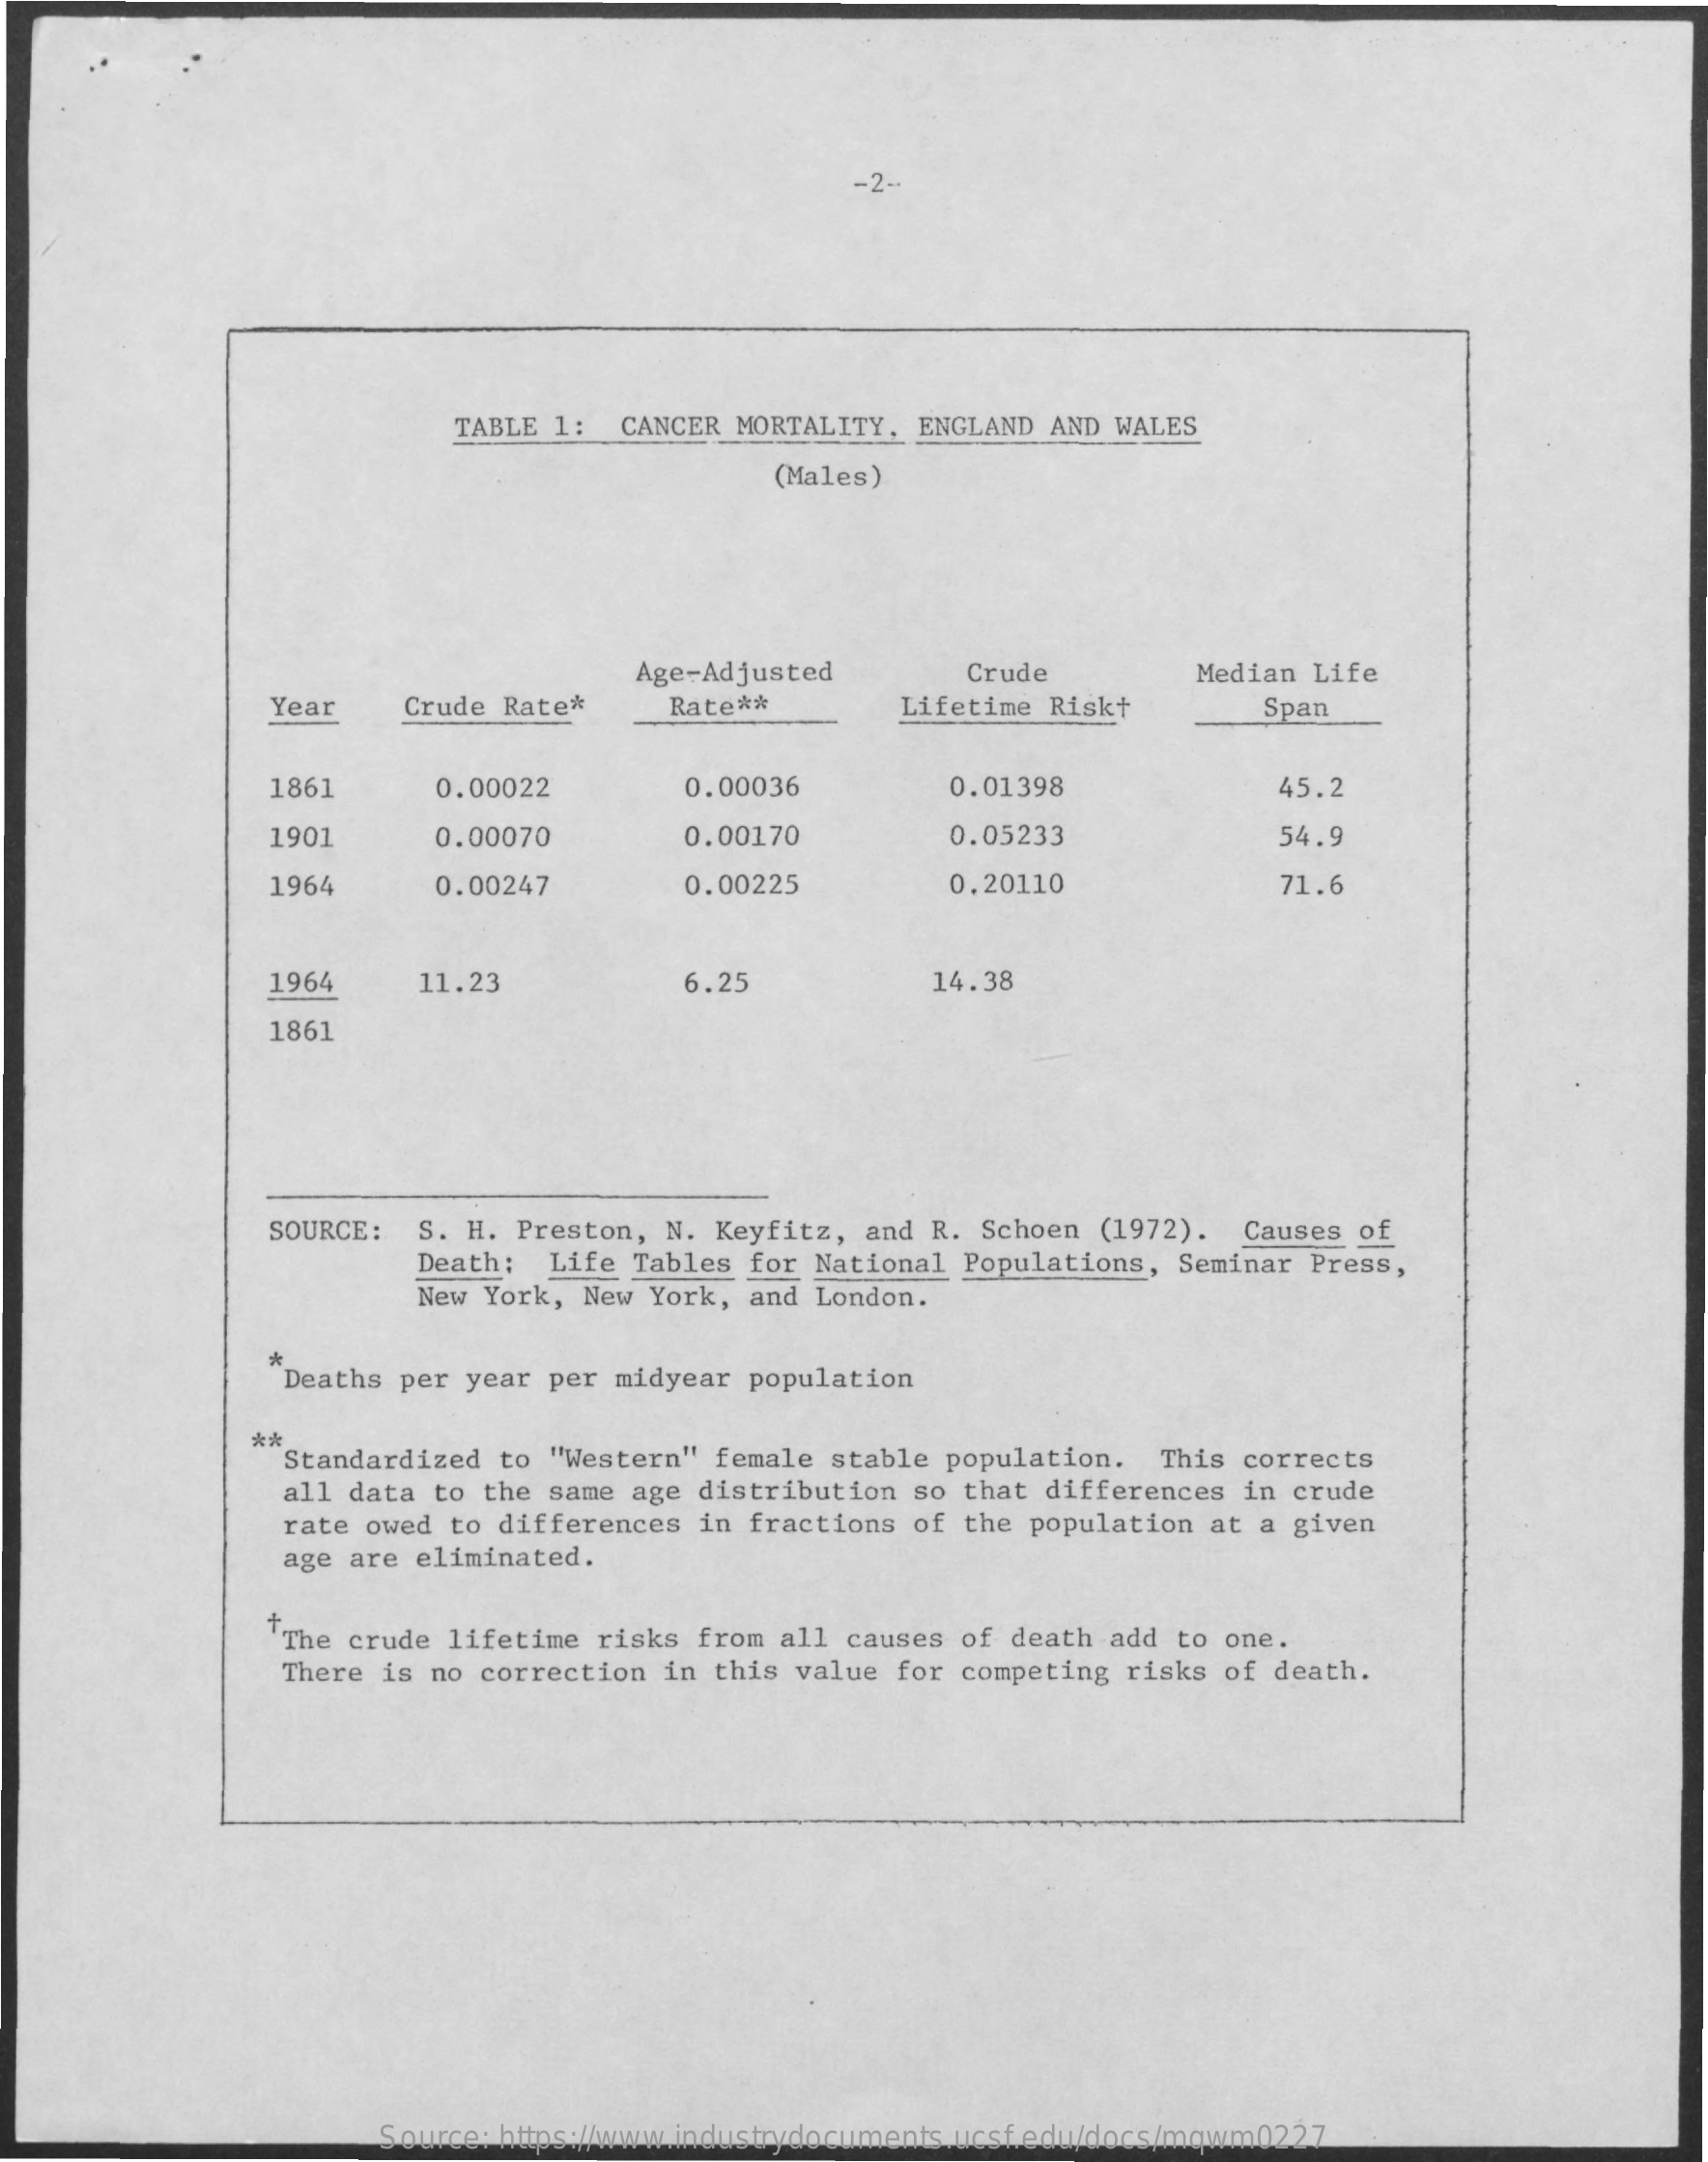
-2-
     TABLE 1:  CANCER MORTALITY. ENGLAND  AND WALES
     (Males)
     Age-Adjusted    Crude    Median Life
     Year    Crude Rate*    Rate **    Lifetime  Riskt    Span
     1861    0.00022    0.00036    0.01398    45.2
     1901    0.00070    0.00170    0.05233    54.9
     1964    0.00247    0.00225    0.20110    71.6
     1964    11.23    6.25    14.38
     1861
     SOURCE:  S. H. Preston,  N. Keyfitz, and R. Schoen  (1972).  Causes of
     Death:  Life  Tables for National Populations,  Seminar Press,
     New York, New  York, and London.
     Deaths per year per midyear  population
     **
     Standardized to "Western"  female stable population.   This corrects
     all data to the same age  distribution so that differences  in crude
     rate owed to differences  in fractions of the population  at a given
     age are eliminated.
     "The crude lifetime risks  from all causes of death add to one.
     There is no correction  in this value for competing risks  of death.
     Source: https://www.industrydocuments.ucsf.edu/docs/mqwm0227